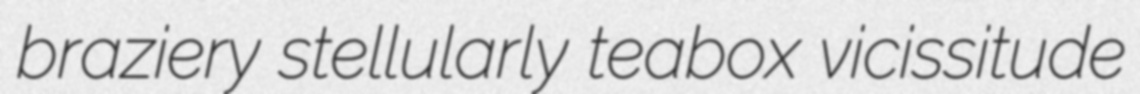
braziery stellularly teabox vicissitude